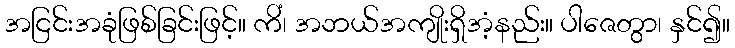
အငြင်းအခုံဖြစ်ခြင်းဖြင့်။ ကိံ၊ အဘယ်အကျိုးရှိအံ့နည်း။ ပါဇေတွာ၊ နှင်၍။